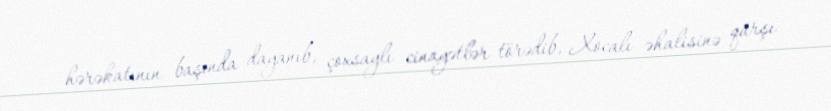
hərəkatının başında dayanıb, çoxsaylı cinayətlər törədib, Xocalı əhalisinə qarşı